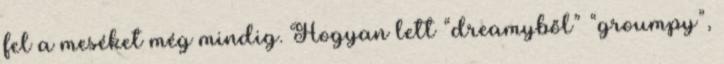
fel a meséket még mindig. Hogyan lett “dreamyből” “groumpy”,